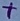
Text: +